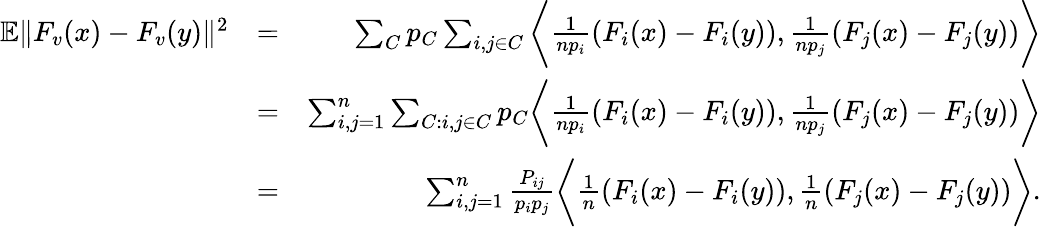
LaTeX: \begin{array}{rlr}{\mathbb{E}\| F_{v}(x)-F_{v}(y)\| ^{2}}&{=}&{\sum_{C}p_{C}\sum_{i,j\in C}\bigg\langle\frac{1}{np_{i}}(F_{i}(x)-F_{i}(y)),\frac{1}{np_{j}}(F_{j}(x)-F_{j}(y))\bigg\rangle}\\ &{=}&{\sum_{i,j=1}^{n}\sum_{C:i,j\in C}p_{C}\bigg\langle\frac{1}{np_{i}}(F_{i}(x)-F_{i}(y)),\frac{1}{np_{j}}(F_{j}(x)-F_{j}(y))\bigg\rangle}\\ &{=}&{\sum_{i,j=1}^{n}\frac{P_{ij}}{p_{i}p_{j}}\bigg\langle\frac{1}{n}(F_{i}(x)-F_{i}(y)),\frac{1}{n}(F_{j}(x)-F_{j}(y))\bigg\rangle.}\end{array}